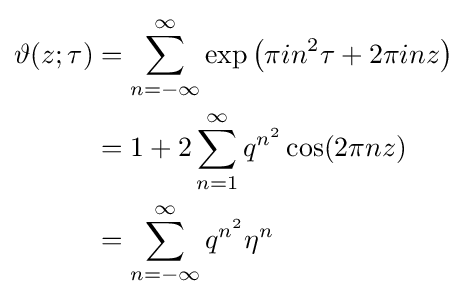
{\begin{aligned}\vartheta (z;\tau )&=\sum _{n=-\infty }^{\infty }\exp \left(\pi in^{2}\tau +2\pi inz\right)\\&=1+2\sum _{n=1}^{\infty }q^{n^{2}}\cos(2\pi nz)\\&=\sum _{n=-\infty }^{\infty }q^{n^{2}}\eta ^{n}\end{aligned}}